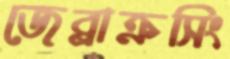
জেব্রাক্রসিং